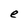
Character: e